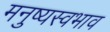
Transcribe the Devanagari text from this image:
मनुष्यस्वभाव